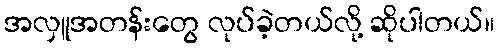
အလှူအတန်းတွေ လုပ်ခဲ့တယ်လို့ ဆိုပါတယ်။